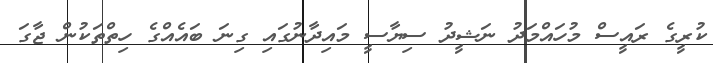
ކުރީގެ ރައީސް މުހައްމަދު ނަޝީދު ސިޔާސީ މައިދާނުގައި ގިނަ ބައެއްގެ ހިތްތަކުން ޖާގަ